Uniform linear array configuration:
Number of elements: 12
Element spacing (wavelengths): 0.25
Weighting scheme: kaiser
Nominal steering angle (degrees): -60
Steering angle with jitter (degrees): -58.363
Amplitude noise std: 0.05
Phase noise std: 0.05

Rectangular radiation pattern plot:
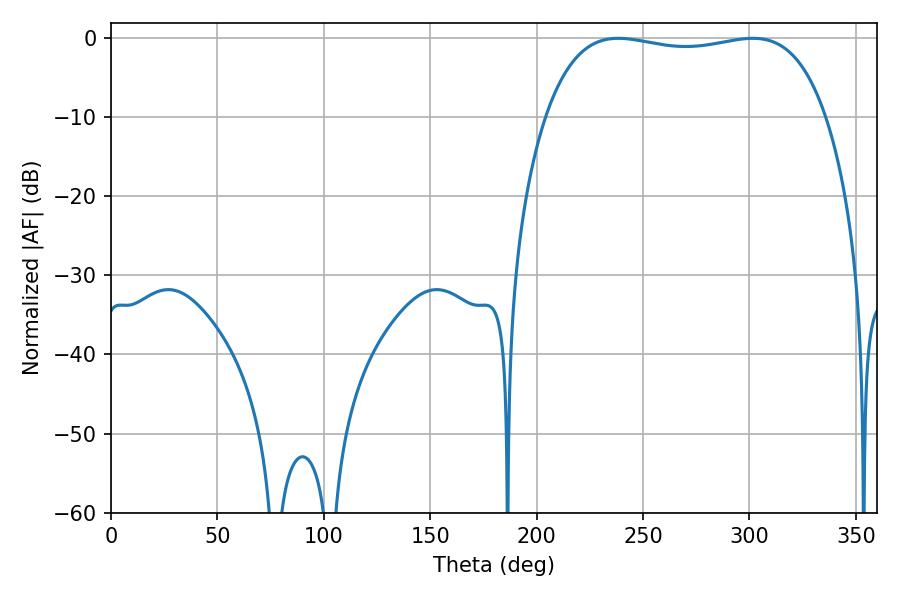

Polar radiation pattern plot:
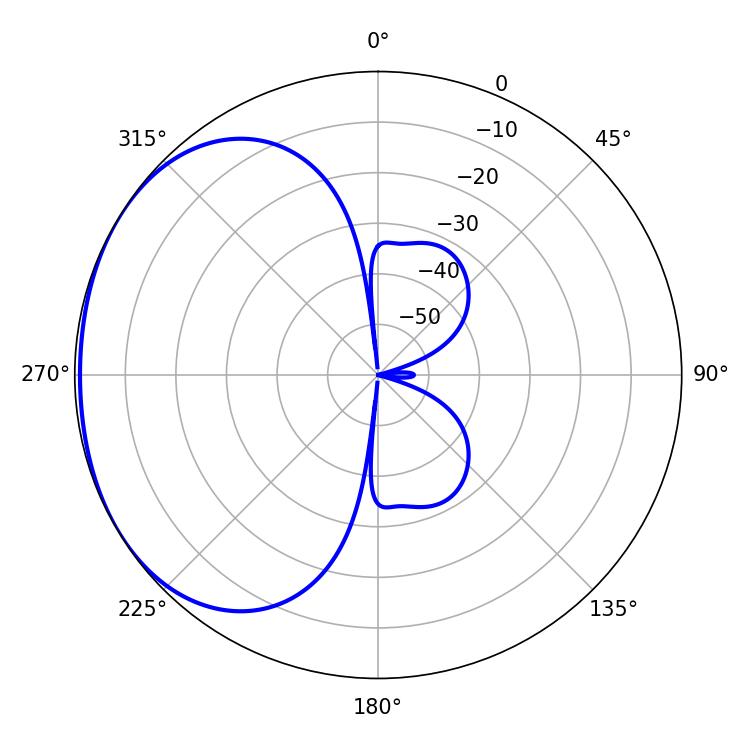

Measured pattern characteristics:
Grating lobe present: FALSE
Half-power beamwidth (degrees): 106.2
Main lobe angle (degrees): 238.32